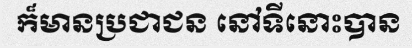
ក៏មានប្រជាជន នៅទីនោះបាន